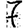
Digit: 7